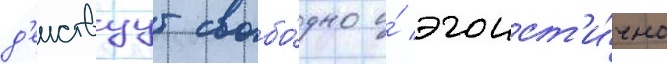
д'еиствуут свобо́дно и́ эгоист'и́чно